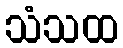
သံသထ